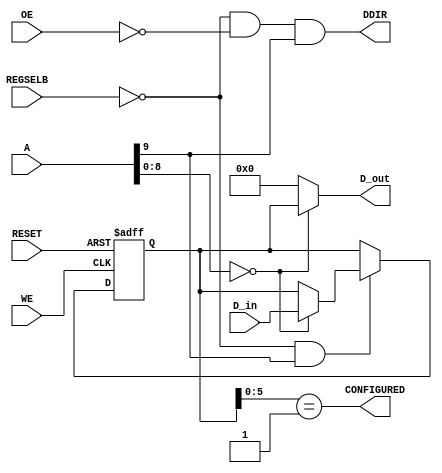
module conf(
		output reg [7:0] D_out,
		input wire [7:0] D_in,
		input wire [15:0] A,
		output wire DDIR,
		input wire REGSELB,
		input wire OE,
		input wire WE,
		input wire RESET,
		output wire CONFIGURED
		);
	
	reg [7:0] conf;
	
	assign DDIR = !REGSELB & !OE & A[9];
	
	assign CONFIGURED = conf[5:0] == 1;

initial
begin
	conf = 0;
end
	
always @(posedge WE, posedge RESET)
begin
	if (RESET)
		conf = 0;
	else if (!REGSELB & A[9])
		case(A[8:0])
			9'b0	: conf = D_in;
		endcase
end

always @(*)
begin
	case(A[8:0])
		9'b0	: D_out = conf;
		default : D_out = 0;
	endcase		
end


endmodule